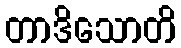
တာဒိသောတိ